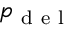
p _ { \mathrm { ~ d ~ e ~ l ~ } }